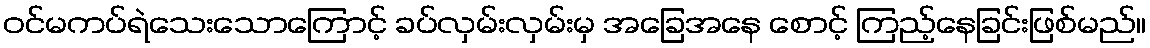
ဝင်မကပ်ရဲသေးသောကြောင့် ခပ်လှမ်းလှမ်းမှ အခြေအနေ စောင့် ကြည့်နေခြင်းဖြစ်မည်။